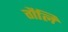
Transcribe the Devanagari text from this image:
तौलि